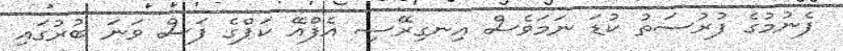
ފެނުމުގެ ފުރުސަތު ކުޑަ ނަމަވެސް އިނގިރޭސި އެފްއޭ ކަޕްގެ ފަސް ވަނަ ބުރުގައި